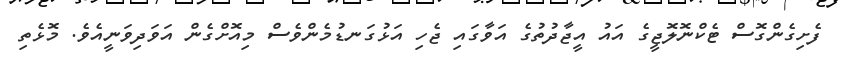
ފެށިގެންގޮސް ޓެކްނޮލޮޖީގެ އައު އީޖާދުތުގެ އަވާގައި ޖެހި އަޅުގަނޑުމެންވެސް މިއޮށްގެން އަވަދިވަނީއެވެ. މޮޅެތި